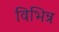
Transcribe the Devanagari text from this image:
विभिन्र